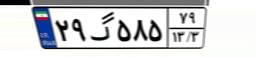
۹۱گ۸۶۰۲۰